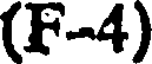
(F-4)